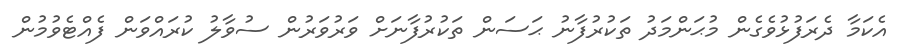
އެކަމާ ދެރަފުޅުވެގެން މުޙަންމަދު ތަކުރުފާނު ޙަސަން ތަކުރުފާނަށް ވަރުވަރުން ސުވާލު ކުރައްވަން ފެއްޓެވުމުން